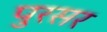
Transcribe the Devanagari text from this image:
पुरसर